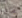
ماذا